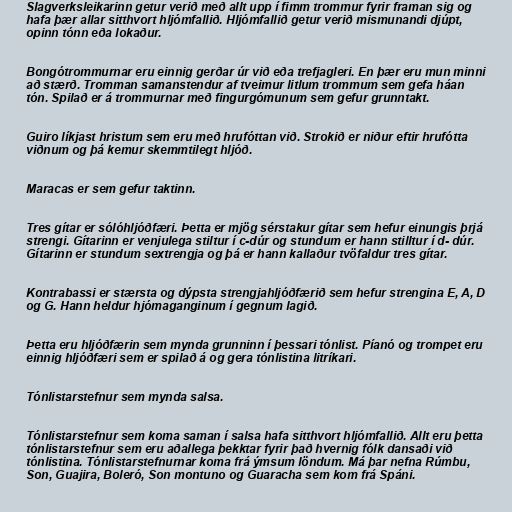
Slagverksleikarinn getur verið með allt upp í fimm trommur fyrir framan sig og
hafa þær allar sitthvort hljómfallið. Hljómfallið getur verið mismunandi djúpt,
opinn tónn eða lokaður.

Bongótrommurnar eru einnig gerðar úr við eða trefjagleri. En þær eru mun minni
að stærð. Tromman samanstendur af tveimur litlum trommum sem gefa háan
tón. Spilað er á trommurnar með fingurgómunum sem gefur grunntakt.

Guiro líkjast hristum sem eru með hrufóttan við. Strokið er niður eftir hrufótta
viðnum og þá kemur skemmtilegt hljóð.

Maracas er sem gefur taktinn.

Tres gítar er sólóhljóðfæri. Þetta er mjög sérstakur gítar sem hefur einungis þrjá
strengi. Gítarinn er venjulega stiltur í c-dúr og stundum er hann stilltur í d- dúr.
Gítarinn er stundum sextrengja og þá er hann kallaður tvöfaldur tres gítar.

Kontrabassi er stærsta og dýpsta strengjahljóðfærið sem hefur strengina E, A, D
og G. Hann heldur hjómaganginum í gegnum lagið.

Þetta eru hljóðfærin sem mynda grunninn í þessari tónlist. Píanó og trompet eru
einnig hljóðfæri sem er spilað á og gera tónlistina litríkari.

Tónlistarstefnur sem mynda salsa.

Tónlistarstefnur sem koma saman í salsa hafa sitthvort hljómfallið. Allt eru þetta
tónlistarstefnur sem eru aðallega þekktar fyrir það hvernig fólk dansaði við
tónlistina. Tónlistarstefnurnar koma frá ýmsum löndum. Má þar nefna Rúmbu,
Son, Guajira, Boleró, Son montuno og Guaracha sem kom frá Spáni.